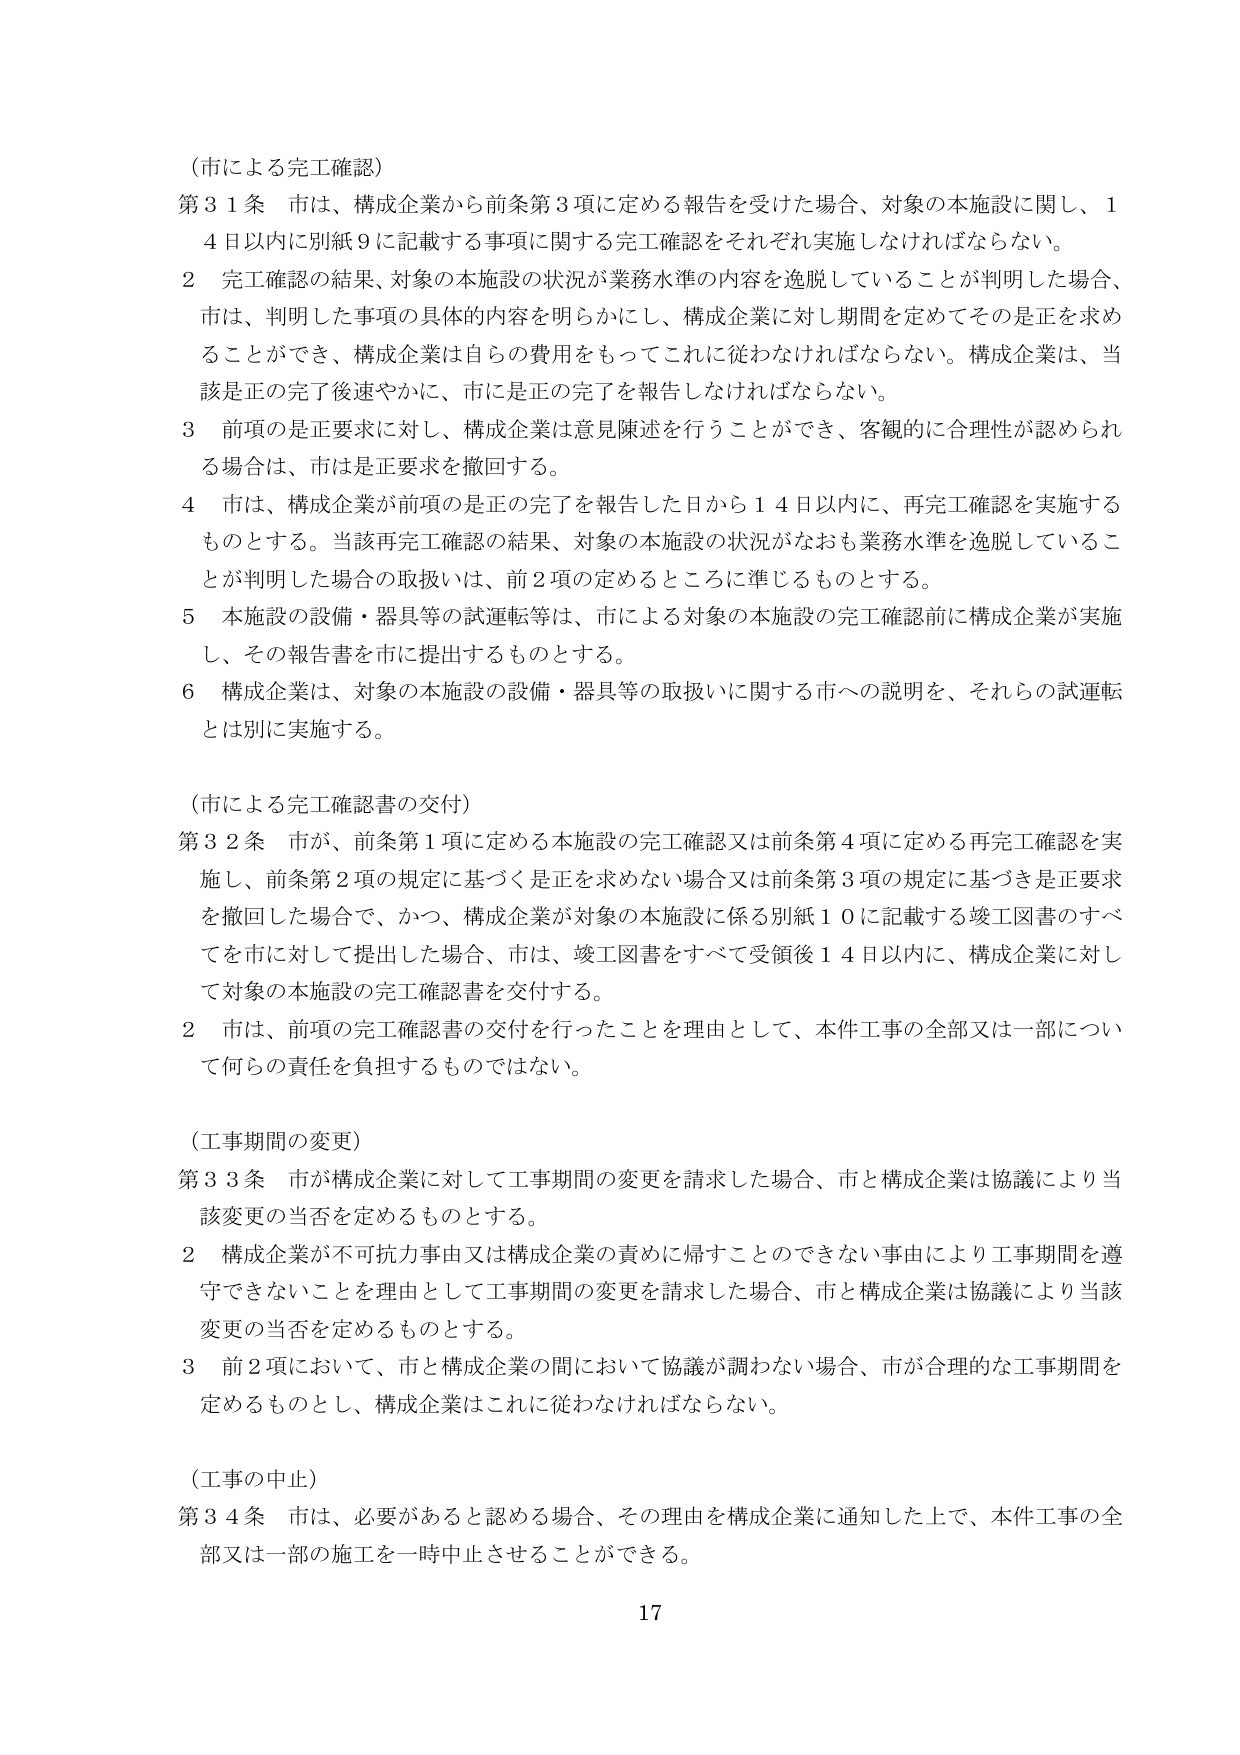
（市による完工確認）

第31条 市は、構成企業から前条第3項に定める報告を受けた場合、対象の本施設に関し、14日以内に別紙9に記載する事項に関する完工確認をそれぞれ実施しなければならない。

2 完工確認の結果、対象の本施設の状況が業務水準の内容を逸脱していることが判明した場合、市は、判明した事項の具体的内容を明らかにし、構成企業に対し期間を定めてその是正を求めることができ、構成企業は自らの費用をもってこれに従わなければならない。構成企業は、当該是正の完了後速やかに、市には是正の完了を報告しなければならない。

3 前項の是正要求に対し、構成企業は意見陳述を行うことができ、客観的に合理性が認められる場合は、市は是正要求を撤回する。

4 市は、構成企業が前項の是正の完了を報告した日から14日以内に、再完工確認を実施するものとする。当該再完工確認の結果、対象の本施設の状況がなおも業務水準を逸脱していることが判明した場合の取扱いは、前2項の定めるところに準じるものとする。

5 本施設の設備・器具等の試運転等は、市による対象の本施設の完工確認前に構成企業が実施し、その報告書を市に提出するものとする。

6 構成企業は、対象の本施設の設備・器具等の取扱いに関する市への説明を、それらの試運転とは別に実施する。

（市による完工確認書の交付）

第32条 市が、前条第1項に定める本施設の完工確認又は前条第4項に定める再完工確認を実施し、前条第2項の規定に基づく是正を求めない場合又は前条第3項の規定に基づき是正要求を撤回した場合で、かつ、構成企業が対象の本施設に係る別紙10に記載する竣工図書のすべてを市に対して提出した場合、市は、竣工図書をすべて受領後14日以内に、構成企業に対して対象の本施設の完工確認書を交付する。

2 市は、前項の完工確認書の交付を行ったことを理由として、本件工事の全部又は一部について何らの責任を負担するものではない。

（工事期間の変更）

第33条 市が構成企業に対して工事期間の変更を請求した場合、市と構成企業は協議により当該変更の当否を定めるものとする。

2 構成企業が不可抗力事由又は構成企業の責めに帰すことのできない事由により工事期間を遵守できないことを理由として工事期間の変更を請求した場合、市と構成企業は協議により当該変更の当否を定めるものとする。

3 前2項において、市と構成企業の間において協議が調わない場合、市が合理的な工事期間を定めるものとし、構成企業はこれに従わなければならない。

（工事の中止）

第34条 市は、必要があると認める場合、その理由を構成企業に通知した上で、本件工事の全部又は一部の施工を一時中止させることができる。

17